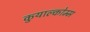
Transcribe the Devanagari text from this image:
कुयाल्कोम्म